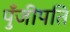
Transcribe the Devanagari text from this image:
पुँजीपति